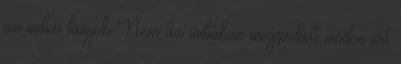
az indiai lányok Nem az indiában megszokott módon ért